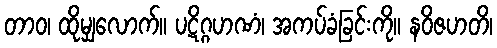
တာဝ၊ ထိုမျှလောက်။ ပဋိဂ္ဂဟဏံ၊ အကပ်ခံခြင်းကို။ နဝိဇဟတိ၊